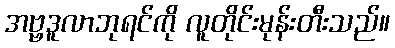
အဗ္ဗဒူလာဘုရင်ကို လူတိုင်းမုန်းတီးသည်။